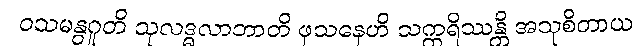
ဝသမနွဂူတိ သုလဒ္ဓလာဘာတိ ဖုသနေဟိ သက္ကရိဿန္တိ အသုစိတာယ